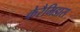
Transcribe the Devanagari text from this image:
केरैमिडास